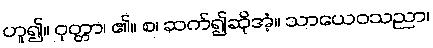
ဟူ၍။ ဝုတ္တာ၊ ၏။ စ၊ ဆက်၍ဆိုအံ့။ သာယေဝသညာ၊